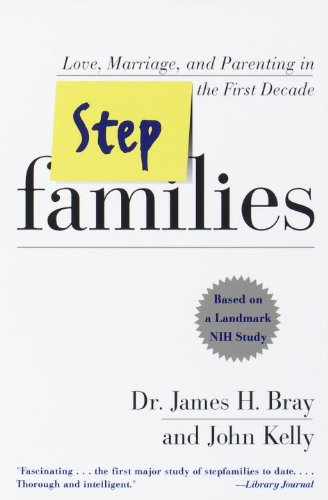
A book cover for Stepfamilies; James H. Bray; Parenting & Relationships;